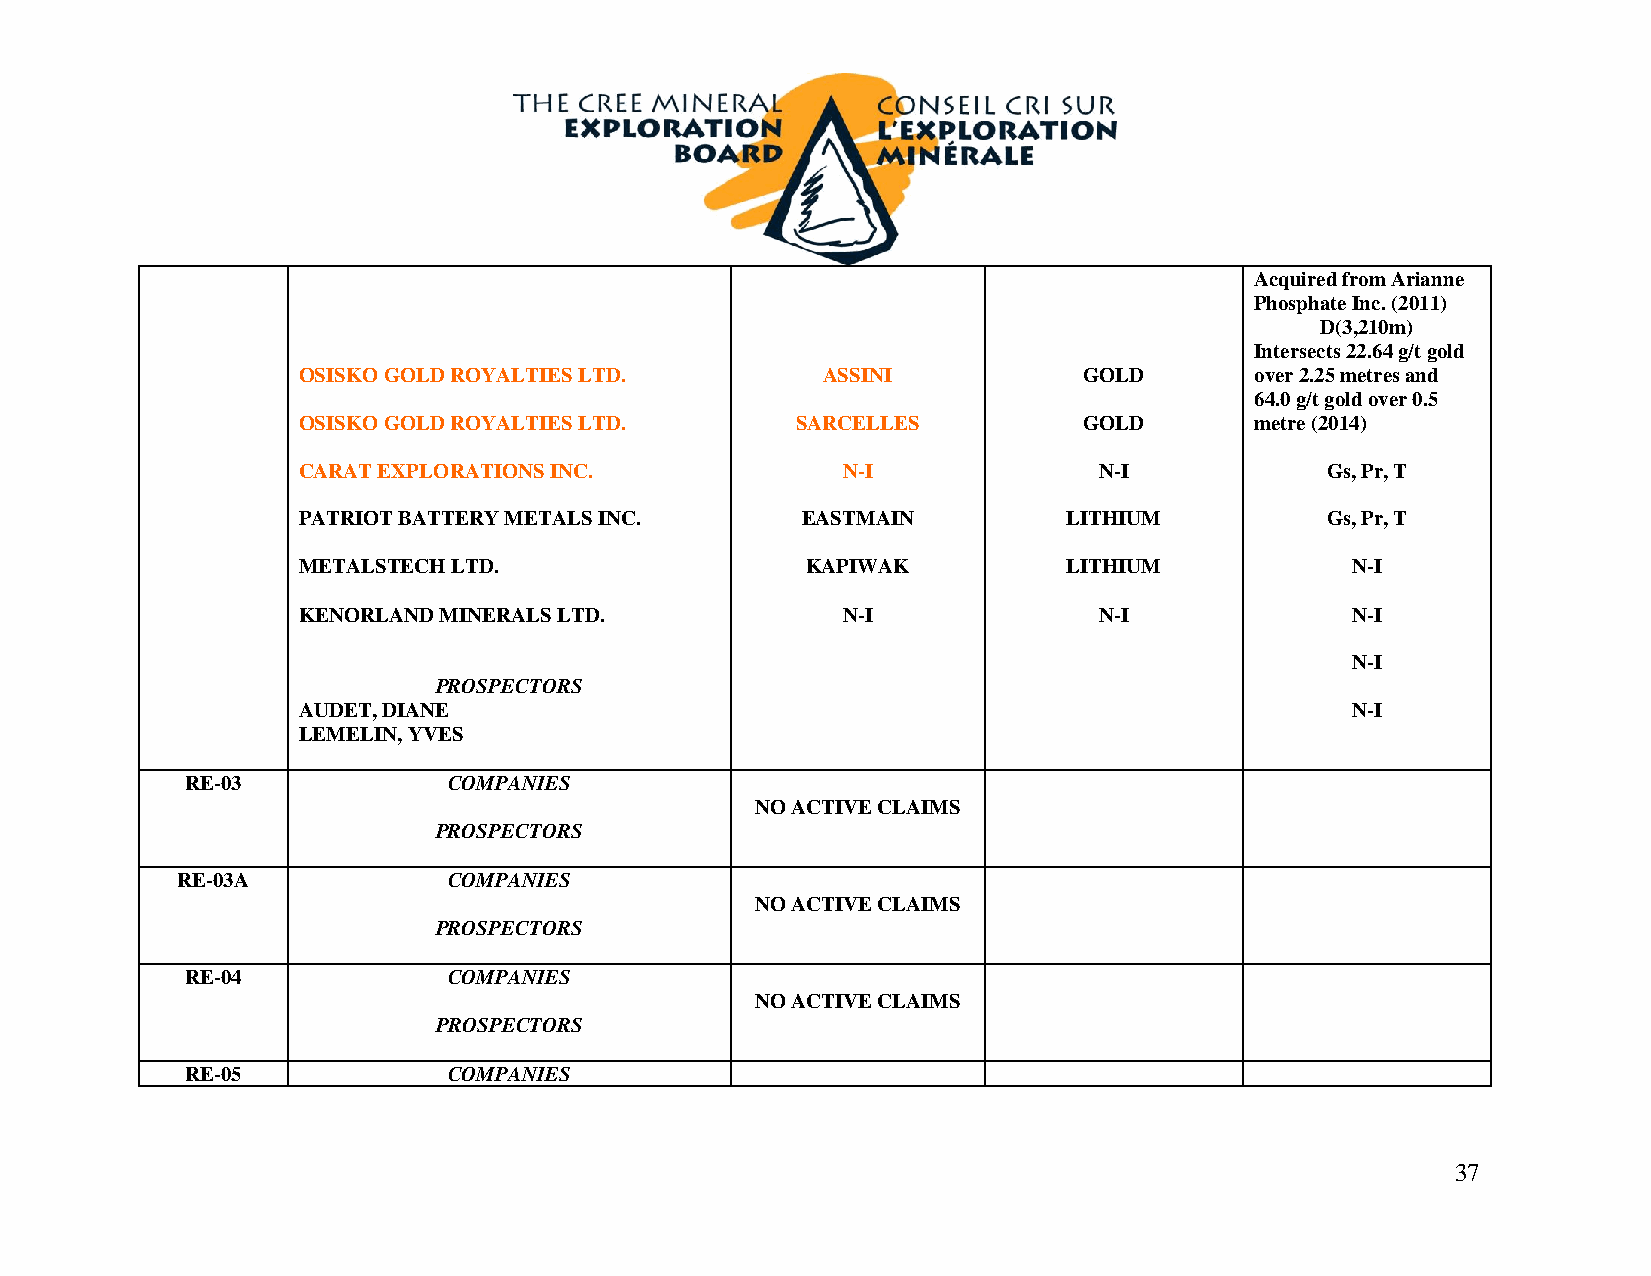
Acquired from Arianne
 Phosphate Inc. (2011)
 D(3,210m)
 Intersects 22.64 g/t gold
 OSISKO GOLD ROYALTIES LTD.        ASSINI            GOLD       over 2.25 metres and
 64.0 g/t gold over 0.5
 OSISKO GOLD ROYALTIES LTD.       SARCELLES          GOLD       metre (2014)
 CARAT EXPLORATIONS INC.             N-I              N-I            Gs, Pr, T
 PATRIOT BATTERY METALS INC.      EASTMAIN          LITHIUM          Gs, Pr, T
 METALSTECH LTD.                  KAPIWAK           LITHIUM           N-I
 KENORLAND MINERALS LTD.             N-I              N-I             N-I
 N-I
 PROSPECTORS
 AUDET, DIANE                                                         N-I
 LEMELIN, YVES
 RE-03             COMPANIES
 NO ACTIVE CLAIMS
 PROSPECTORS
 RE-03A            COMPANIES
 NO ACTIVE CLAIMS
 PROSPECTORS
 RE-04             COMPANIES
 NO ACTIVE CLAIMS
 PROSPECTORS
 RE-05             COMPANIES
 37